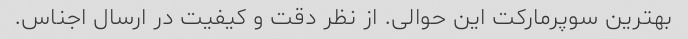
بهترین سوپرمارکت این حوالی. از نظر دقت و کیفیت در ارسال اجناس.